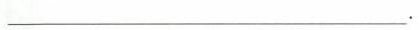
___.